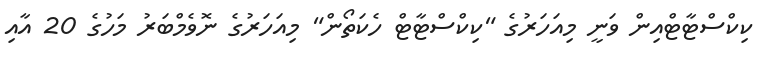
ކިކްސްޓާޓްއިން ވަނީ މިއަހަރުގެ "ކިކްސްޓާޓް ހެކަތޯން" މިއަހަރުގެ ނޮވެމްބަރު މަހުގެ 20 އާއި